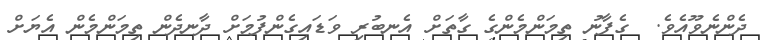
ދެންނެވޫއެވެ.  ގެފާނު ތިމަންމެންގެ ގާތަށް އެނބުރި ވަޑައިގެންފުމަށް ދާނދެން ތިމަންމެން އެޔަށް